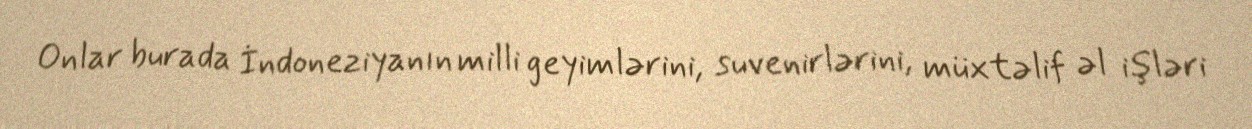
Onlar burada İndoneziyanın milli geyimlərini, suvenirlərini, müxtəlif əl işləri